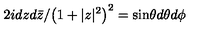
2 i d z d \bar { z } / { \left( 1 + | z | ^ { 2 } \right) ^ { 2 } } = \sin \! \theta d \theta d \phi